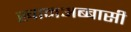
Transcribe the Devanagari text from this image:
खानअब्बासी